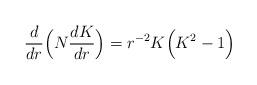
LaTeX: \begin{align*}\frac{d}{dr}\Bigl(N\frac{dK}{dr}\Bigr)=r^{-2}K\Bigl(K^2 -1\Bigr)\end{align*}